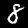
Digit: 8